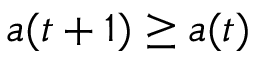
a ( t + 1 ) \geq a ( t )